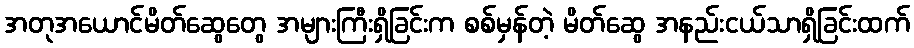
အတုအယောင်မိတ်ဆွေတွေ အများကြီးရှိခြင်းက စစ်မှန်တဲ့ မိတ်ဆွေ အနည်းငယ်သာရှိခြင်းထက်